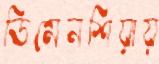
ডিমেনশিয়ায়